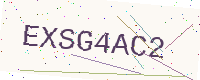
Text: EXSG4AC2